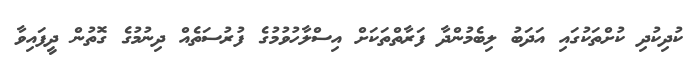
ކުދިކުދި ކުށްތަކުގައި އަދަބު ލިބެމުންދާ ފަރާތްތަކަށް އިސްލާހުވުމުގެ ފުރުސަތެއް ދިނުމުގެ ގޮތުން ދީފައިވާ